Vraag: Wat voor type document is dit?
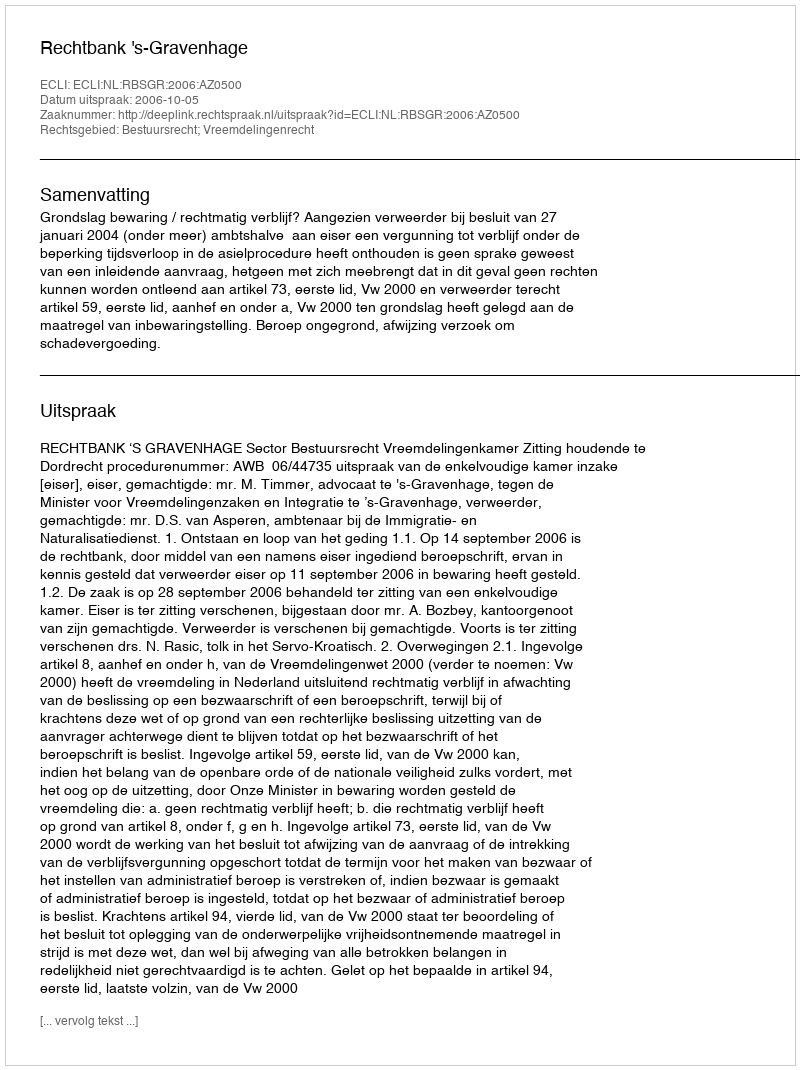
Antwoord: Uitspraak